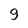
Character: 9